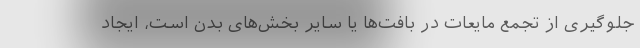
جلوگیری از تجمع مایعات در بافت‌ها یا سایر بخش‌های بدن است، ایجاد